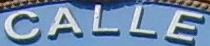
CALLE